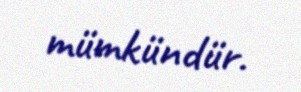
mümkündür.